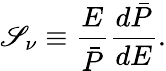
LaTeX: \mathscr{S}_{\nu}\equiv\frac{{E}}{{\bar{{P}}}}\frac{{d\bar{{P}}}}{{dE}}.